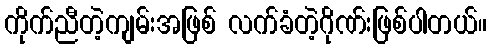
ကိုက်ညီတဲ့ကျမ်းအဖြစ် လက်ခံတဲ့ဂိုဏ်းဖြစ်ပါတယ်။